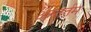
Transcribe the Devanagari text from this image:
अन्तर्तम